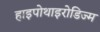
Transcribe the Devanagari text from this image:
हाइपोथाइरोडिज्म